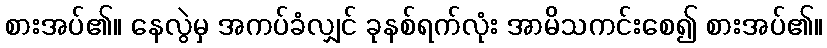
စားအပ်၏။ နေလွဲမှ အကပ်ခံလျှင် ခုနစ်ရက်လုံး အာမိသကင်းစေ၍ စားအပ်၏။